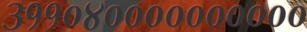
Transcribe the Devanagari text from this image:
३११०४००००००००००